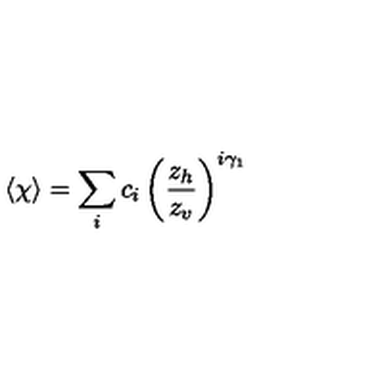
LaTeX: \langle \chi \rangle = \sum _ { i } c _ { i } \left( \frac { z _ { h } } { z _ { v } } \right) ^ { i \gamma _ { 1 } }